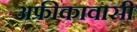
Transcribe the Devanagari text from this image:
अफ्रीकावासी